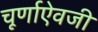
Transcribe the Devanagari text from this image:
चूर्णाऐवजी